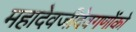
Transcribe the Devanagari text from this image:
महादेवजीदेवगणोंको